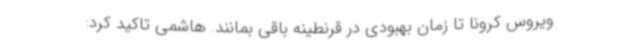
ویروس کرونا تا زمان بهبودی در قرنطینه باقی بمانند. هاشمی تاکید کرد: